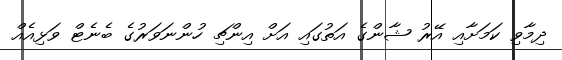
ދިމާވި ކަމަށާއި އޭރު ޝާންގެ އަތުގައި އަށް އިންޗި ހުންނަވަރުގެ ބެނެޓް ވަޅިއެއް